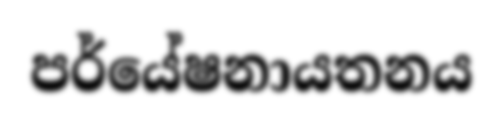
පර්යේෂනායතනය